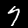
Digit: 7